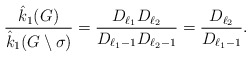
\begin{align*}\dfrac{\hat{k}_1{(G)}}{\hat{k}_1(G\setminus\sigma)}=\dfrac{D_{\ell_1}D_{\ell_2}}{D_{\ell_1-1}D_{\ell_2-1}}=\dfrac{D_{\ell_2}}{D_{\ell_1-1}}.\end{align*}